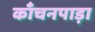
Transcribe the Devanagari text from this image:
काँचनपाड़ा